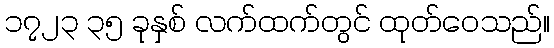
၁၇၂၃ ၃၅ ခုနှစ် လက်ထက်တွင် ထုတ်ဝေသည်။